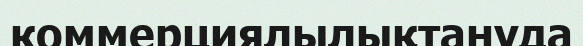
коммерциялылықтануда